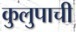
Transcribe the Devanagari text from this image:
कुलुपाची